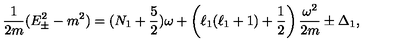
{ \frac { 1 } { 2 m } } ( E _ { \pm } ^ { 2 } - m ^ { 2 } ) = ( N _ { 1 } + { \frac { 5 } { 2 } } ) \omega + \left( \ell _ { 1 } ( \ell _ { 1 } + 1 ) + { \frac { 1 } { 2 } } \right) { \frac { \omega ^ { 2 } } { 2 m } } \pm \Delta _ { 1 } ,